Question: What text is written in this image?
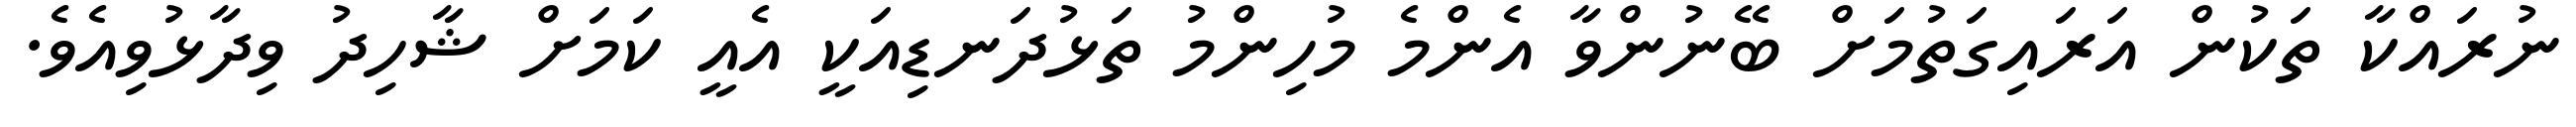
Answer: ނުރައްކާ ތަކުން އަރައިގަތުމަށް ބޭނުންވާ އެންމެ މުހިންމު ތަޅުދަނޑިއަކީ އެއީ ކަމަށް ޝާހިދު ވިދާޅުވިއެވެ.